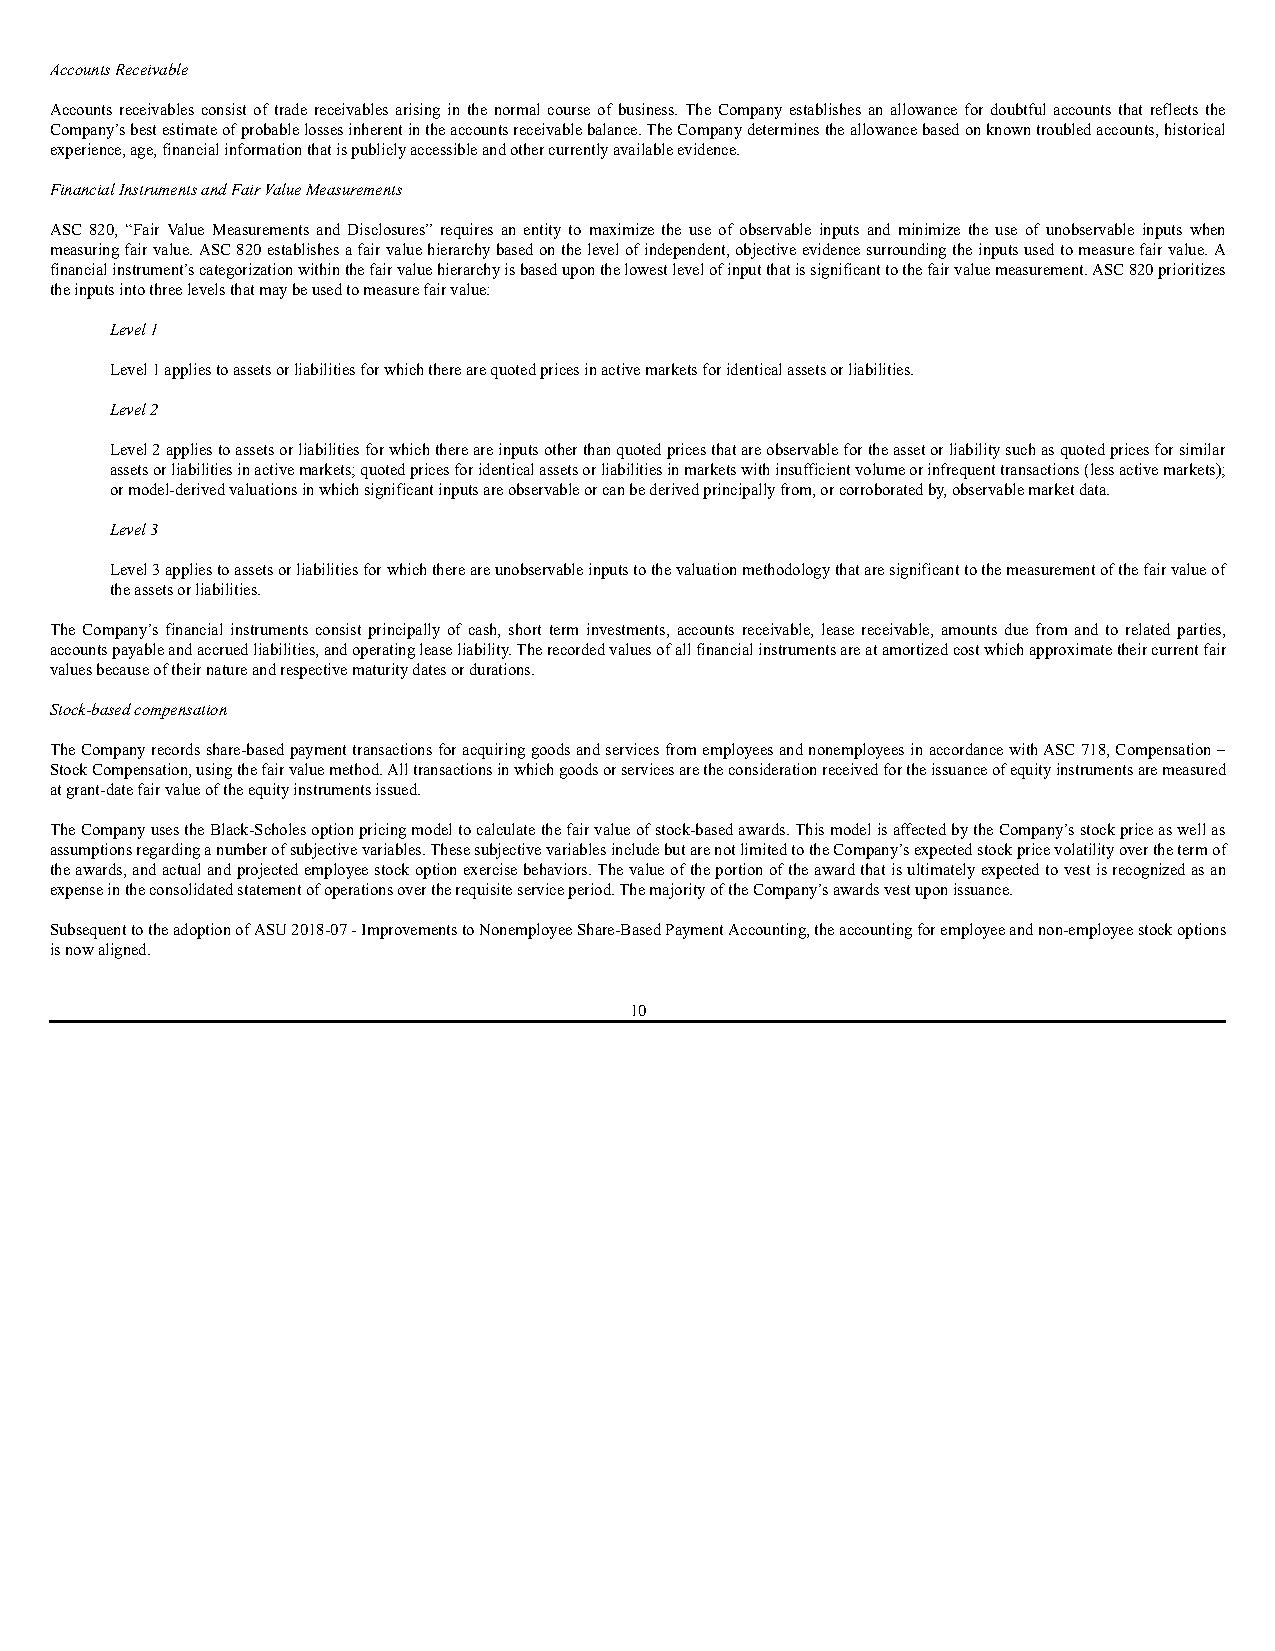
Accounts Receivable
 Accounts receivables consist of trade receivables arising in the normal course of business. The Company establishes an allowance for doubtful accounts that reflects the
 Company’s best estimate of probable losses inherent in the accounts receivable balance. The Company determines the allowance based on known troubled accounts, historical
 experience, age, financial information that is publicly accessible and other currently available evidence.
 Financial Instruments and Fair Value Measurements
 ASC 820, “Fair Value Measurements and Disclosures” requires an entity to maximize the use of observable inputs and minimize the use of unobservable inputs when
 measuring fair value. ASC 820 establishes a fair value hierarchy based on the level of independent, objective evidence surrounding the inputs used to measure fair value. A
 financial instrument’s categorization within the fair value hierarchy is based upon the lowest level of input that is significant to the fair value measurement. ASC 820 prioritizes
 the inputs into three levels that may be used to measure fair value:
 Level 1
 Level 1 applies to assets or liabilities for which there are quoted prices in active markets for identical assets or liabilities.
 Level 2
 Level 2 applies to assets or liabilities for which there are inputs other than quoted prices that are observable for the asset or liability such as quoted prices for similar
 assets or liabilities in active markets; quoted prices for identical assets or liabilities in markets with insufficient volume or infrequent transactions (less active markets);
 or model-derived valuations in which significant inputs are observable or can be derived principally from, or corroborated by, observable market data.
 Level 3
 Level 3 applies to assets or liabilities for which there are unobservable inputs to the valuation methodology that are significant to the measurement of the fair value of
 the assets or liabilities.
 The Company’s financial instruments consist principally of cash, short term investments, accounts receivable, lease receivable, amounts due from and to related parties,
 accounts payable and accrued liabilities, and operating lease liability. The recorded values of all financial instruments are at amortized cost which approximate their current fair
 values because of their nature and respective maturity dates or durations.
 Stock-based compensation
 The Company records share-based payment transactions for acquiring goods and services from employees and nonemployees in accordance with ASC 718, Compensation –
 Stock Compensation, using the fair value method. All transactions in which goods or services are the consideration received for the issuance of equity instruments are measured
 at grant-date fair value of the equity instruments issued.
 The Company uses the Black-Scholes option pricing model to calculate the fair value of stock-based awards. This model is affected by the Company’s stock price as well as
 assumptions regarding a number of subjective variables. These subjective variables include but are not limited to the Company’s expected stock price volatility over the term of
 the awards, and actual and projected employee stock option exercise behaviors. The value of the portion of the award that is ultimately expected to vest is recognized as an
 expense in the consolidated statement of operations over the requisite service period. The majority of the Company’s awards vest upon issuance.
 Subsequent to the adoption of ASU 2018-07 - Improvements to Nonemployee Share-Based Payment Accounting, the accounting for employee and non-employee stock options
 is now aligned.
 10